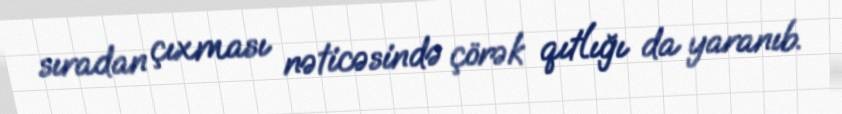
sıradan çıxması nəticəsində çörək qıtlığı da yaranıb.